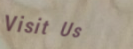
Visit Us